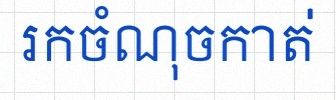
រកចំណុចកាត់